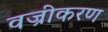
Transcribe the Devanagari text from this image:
वज्रीकरण